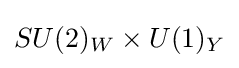
SU(2)_{W}\times U(1)_{Y}